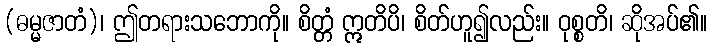
(ဓမ္မဇာတံ)၊ ဤတရားသဘောကို။ စိတ္တံ ဣတိပိ၊ စိတ်ဟူ၍လည်း။ ဝုစ္စတိ၊ ဆိုအပ်၏။